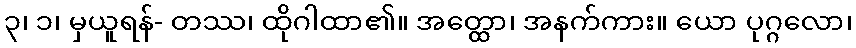
၃၊ ၁၊ မှယူရန်- တဿ၊ ထိုဂါထာ၏။ အတ္ထော၊ အနက်ကား။ ယော ပုဂ္ဂလော၊